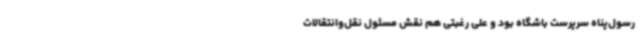
رسول‌پناه سرپرست باشگاه بود و علی رغبتی هم نقش مسئول نقل‌وانتقالات